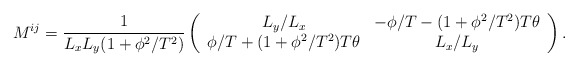
\begin{align*}M^{ij}=\frac{1}{L_xL_y(1+\phi^2/T^2)}\left(\begin{array}{cc} L_y/L_x & -\phi/T-(1+\phi^2/T^2)T\theta \\ \phi/T+(1+\phi^2/T^2)T\theta & L_x/L_y \end{array}\right).\end{align*}